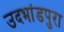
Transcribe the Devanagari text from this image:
उदभांडपुरा